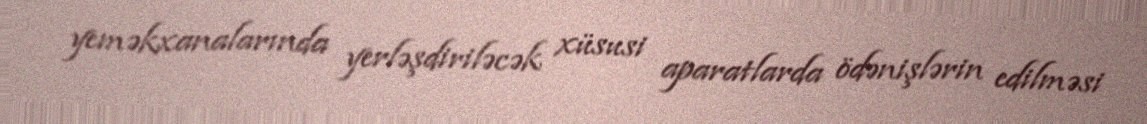
yeməkxanalarında yerləşdiriləcək xüsusi aparatlarda ödənişlərin edilməsi